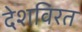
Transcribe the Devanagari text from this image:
देशविरत